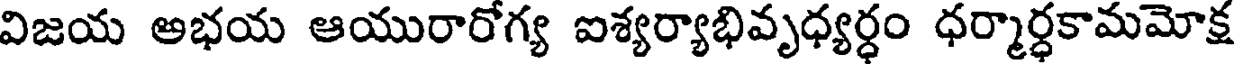
విజయ అభయ ఆయురారోగ్య ఐశ్యర్యాభివృధ్యర్ధం ధర్మార్ధకామమోక్ష